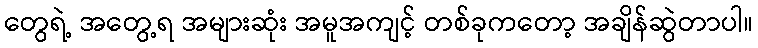
တွေရဲ့ အတွေ့ရ အများဆုံး အမူအကျင့် တစ်ခုကတော့ အချိန်ဆွဲတာပါ။